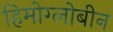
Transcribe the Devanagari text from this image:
हिमोग्लोबीन